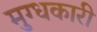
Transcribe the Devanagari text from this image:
मुग्धकारी